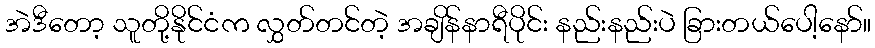
အဲဒီတော့ သူတို့နိုင်ငံက လွှတ်တင်တဲ့ အချိန်နာရီပိုင်း နည်းနည်းပဲ ခြားတယ်ပေါ့နော်။